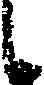
候